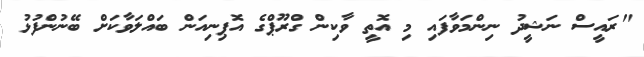
"ރައީސް ނަޝީދު ނިންމަވާފައި މި އޮތީ ވާކިން ގްރޫޕްގެ އޮޕިނިއަން ބައްލަވާކަށް ބޭނުންފުޅު